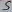
Text: 5